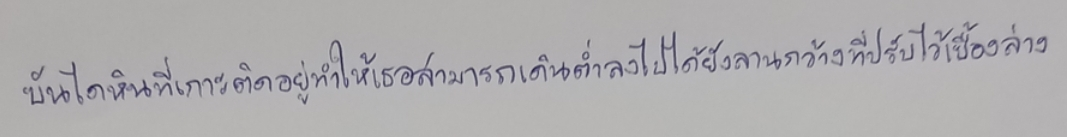
บันไดหินที่เกาะติดอยู่ทำให้เธอสามารถเดินต่ำลงไปได้ยังลานกว้างที่ปรับไว้เบื้องล่าง